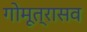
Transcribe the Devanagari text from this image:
गोमूत्रासव